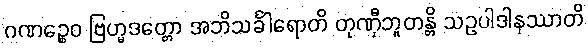
ဂဏဉ္စေဝ ဗြဟ္မဒတ္တော အဘိသင်္ခါရောတိ တုဏှီဘူတန္တိ သဥပါဒါနဿာတိ